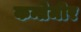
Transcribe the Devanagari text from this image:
कन्तेमीर